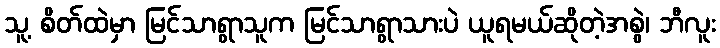
သူ့ စိတ်ထဲမှာ မြင်သာရွာသူက မြင်သာရွာသားပဲ ယူရမယ်ဆိုတဲ့အစွဲ၊ ဘီလူး